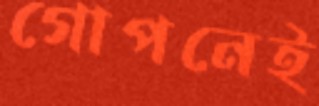
গোপনেই